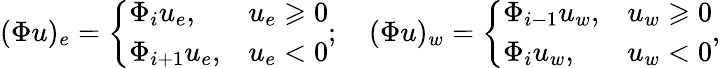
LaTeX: (\Phi u)_{e}=\left\{ \begin{array}{ll}{\Phi_{i}u_{e},}&{u_{e}\geqslant 0}\\ {\Phi_{i+1}u_{e},}&{u_{e}<0}\end{array}\right.;\quad(\Phi u)_{w}=\left\{ \begin{array}{ll}{\Phi_{i-1}u_{w},}&{u_{w}\geqslant 0}\\ {\Phi_{i}u_{w},}&{u_{w}<0}\end{array}\right.,